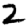
Digit: 2